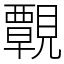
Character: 䚓